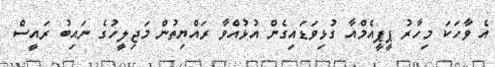
އެ ވާހަކަ މިހާރު ޕީޕީއެމްއާ ގުޅިވަޑައިގެން އުޅުއްވާ ރައްޔިތުން މަޖިލީހުގެ ނައިބު ރައީސް